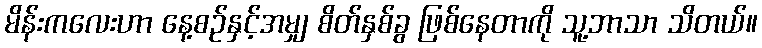
မိန်းကလေးဟာ နေ့စဉ်နှင့်အမျှ စိတ်နှစ်ခွ ဖြစ်နေတာကို သူ့ဘာသာ သိတယ်။